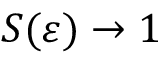
S ( \varepsilon ) \to 1